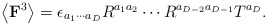
\begin{align*}\left\langle \mbox{{\bf F}}^3\right\rangle=\epsilon_{a_1 \cdots a_D}R^{a_1a_2} \cdots R^{a_{D-2}a_{D-1}} T^{a_D}.\end{align*}